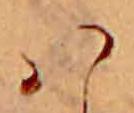
ハ